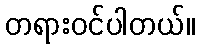
တရားဝင်ပါတယ်။